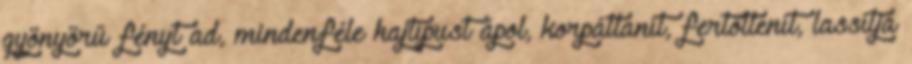
gyönyörű fényt ad, mindenféle hajtípust ápol, korpátlanít, fertőtlenít, lassítja